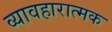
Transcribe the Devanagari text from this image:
व्यावहारात्मक